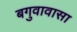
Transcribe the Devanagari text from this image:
बगुवावासा